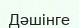
Дәшінге